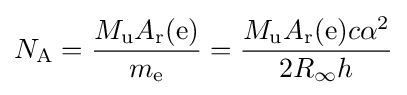
N_{\rm {A}}={\frac {M_{\rm {u}}A_{\rm {r}}({\rm {e}})}{m_{\rm {e}}}}={\frac {M_{\rm {u}}A_{\rm {r}}({\rm {e}})c\alpha ^{2}}{2R_{\infty }h}}